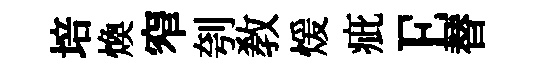
培煥窄刳教煖疵E替